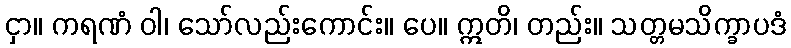
ငှာ။ ကရဏံ ဝါ၊ သော်လည်းကောင်း။ ပေ။ ဣတိ၊ တည်း။ သတ္တမသိက္ခာပဒံ